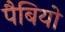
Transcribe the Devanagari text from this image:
पैबियो